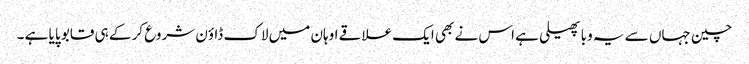
چین جہاں سے یہ وبا پھیلی ہے اس نے بھی ایک علاقے اوہان میں لاک ڈاؤن شروع کر کے ہی قابو پایا ہے ۔